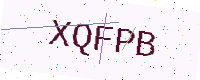
Text: XQFPB